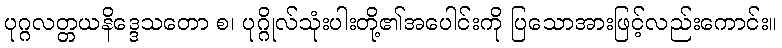
ပုဂ္ဂလတ္တယနိဒ္ဒေသတော စ၊ ပုဂ္ဂိုလ်သုံးပါးတို့၏အပေါင်းကို ပြသောအားဖြင့်လည်းကောင်း။